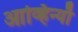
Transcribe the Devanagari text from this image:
आव्हिन्याँ